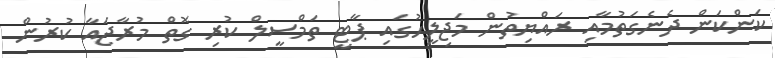
ކަންކަން ދެނެގަތުމާއި ރައްޔިތުން މަޖިލީހުގައި ޕާޓީ ތަމްސީލް ކުރި ގޮތް މުރާޖައާ ކުރުން